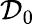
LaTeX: {\cal D}_{0}